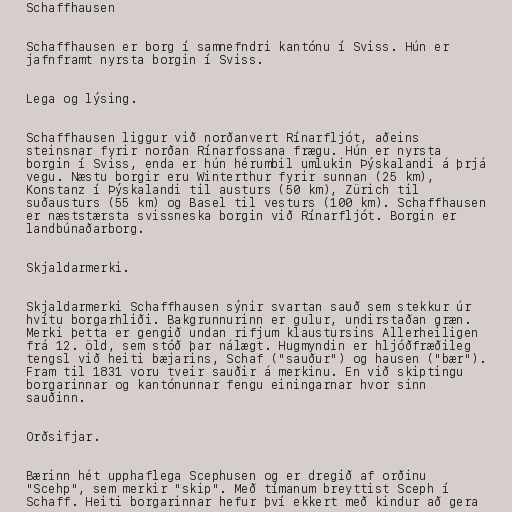
Schaffhausen

Schaffhausen er borg í samnefndri kantónu í Sviss. Hún er
jafnframt nyrsta borgin í Sviss.

Lega og lýsing.

Schaffhausen liggur við norðanvert Rínarfljót, aðeins
steinsnar fyrir norðan Rínarfossana frægu. Hún er nyrsta
borgin í Sviss, enda er hún hérumbil umlukin Þýskalandi á þrjá
vegu. Næstu borgir eru Winterthur fyrir sunnan (25 km),
Konstanz í Þýskalandi til austurs (50 km), Zürich til
suðausturs (55 km) og Basel til vesturs (100 km). Schaffhausen
er næststærsta svissneska borgin við Rínarfljót. Borgin er
landbúnaðarborg.

Skjaldarmerki.

Skjaldarmerki Schaffhausen sýnir svartan sauð sem stekkur úr
hvítu borgarhliði. Bakgrunnurinn er gulur, undirstaðan græn.
Merki þetta er gengið undan rifjum klaustursins Allerheiligen
frá 12. öld, sem stóð þar nálægt. Hugmyndin er hljóðfræðileg
tengsl við heiti bæjarins, Schaf ("sauður") og hausen ("bær").
Fram til 1831 voru tveir sauðir á merkinu. En við skiptingu
borgarinnar og kantónunnar fengu einingarnar hvor sinn
sauðinn.

Orðsifjar.

Bærinn hét upphaflega Scephusen og er dregið af orðinu
"Scehp", sem merkir "skip". Með tímanum breyttist Sceph í
Schaff. Heiti borgarinnar hefur því ekkert með kindur að gera